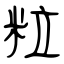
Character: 粒